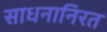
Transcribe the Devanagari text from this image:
साधनानिरत